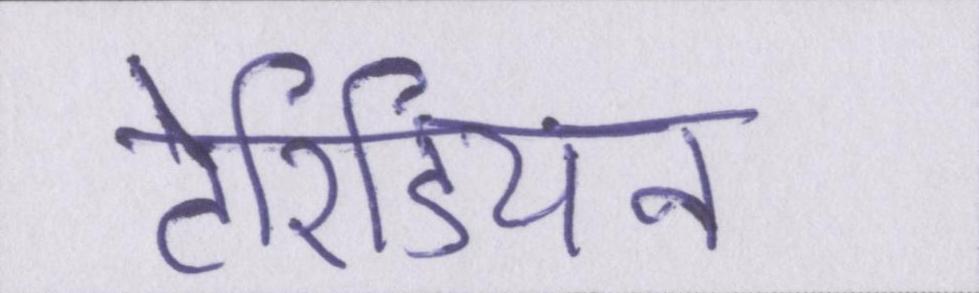
टेरिडियन